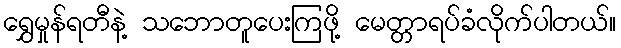
ရွှေမှုန်ရတီနဲ့ သဘောတူပေးကြဖို့ မေတ္တာရပ်ခံလိုက်ပါတယ်။